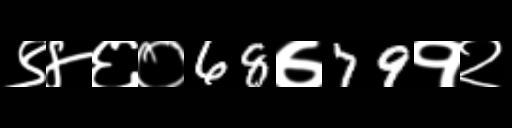
Text: ९४६०68७79१२